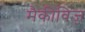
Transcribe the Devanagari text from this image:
मैकीविज़